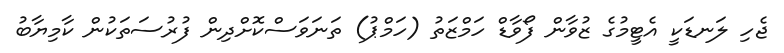
ޖެހި ލަނޑަކީ އެޓީމުގެ ޒުވާން ފޯވާޑް ހަމްޒަތު (ހަމްޕު) ތަނަވަސްކޮށްދިން ފުރުސަތަކުން ކާމިޔާބު